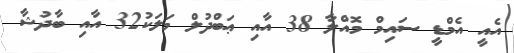
އެއީ އެމްޑީ ސައިމް މޮއްލާ 38 އާއި ޢަބްދުލް މަލަކު32 އާއި ބާދުޝާ